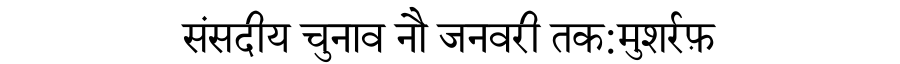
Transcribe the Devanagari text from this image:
संसदीय चुनाव नौ जनवरी तक:मुशर्रफ़